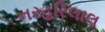
નરહરિલાલ